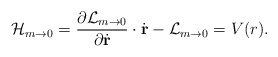
\begin{align*}{\cal H}_{m\to 0} = {{\partial {\cal L}_{m\to 0} } \over {\partial \dot{\rm\bf r}}} \cdot \dot{\rm\bf r} -{\cal L}_{m\to 0} = V( r).\end{align*}